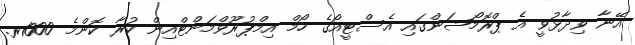
އޭނާ ވިދާޅުވީ އެ ޕްރޮމޯޝަންގައި އެސްޓީއޯގެ ހޯމް އިމްޕުރޫވްމަންޓްއިން ކުރާ ކޮންމެ 1000ރ.